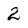
Character: 2